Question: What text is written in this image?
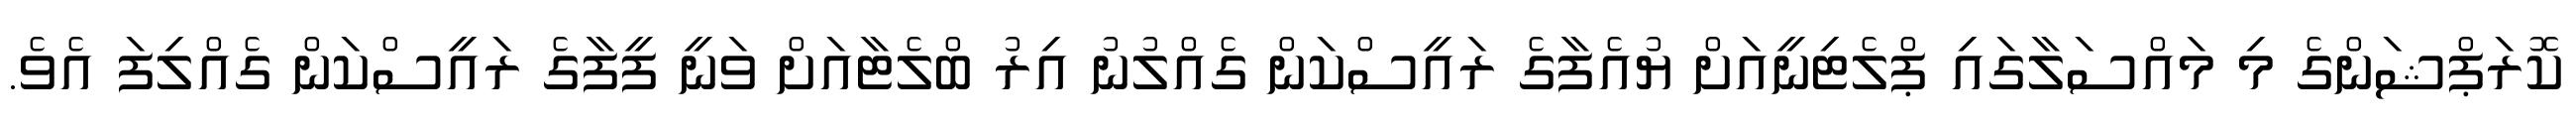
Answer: ކޮރަޕްޝަންގެ މި މައްސަލާގައި ޕްލެޓިނީއަށް ޔުއެފާގެ ރައީސްކަން ގެއްލުނު އިރު ބްލެޓާއަށް ވަނީ ފީފާގެ ރައީސްކަން ގެއްލިފަ އެވެ.